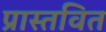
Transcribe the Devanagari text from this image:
प्रास्तवित